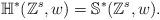
LaTeX: \begin{align*}\mathbb{H}^*(\mathbb{Z}^s, w) = \mathbb{S}^*(\mathbb{Z}^s, w).\end{align*}